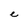
Character: e